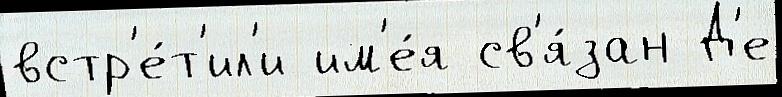
встр'е́т'ил'и им'е́я св'я́зан Д'е